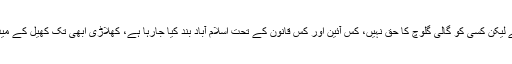
لاہور میں پریس کانفرنس کے دوران رانا ثنا اللہ نے کہا کہ احتجاج قانونی حق ہے لیکن کسی کو گالی گلوچ کا حق نہیں، کس آئین اور کس قانون کے تحت اسلام آباد بند کیا جارہا ہے، کھلاڑی ابھی تک کھیل کے میدان سے باہر نہیں آیا، ایک ضدی انسان پوری قوم کو نیچے دکھانے پر تلا ہوا ہے۔